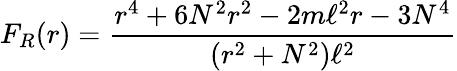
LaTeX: F_{R}(r)=\frac{r^{4}+6N^{2}r^{2}-2m\ell^{2}r-3N^{4}}{(r^{2}+N^{2})\ell^{2}}